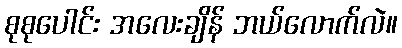
စုစုပေါင်း အလေးချိန် ဘယ်လောက်လဲ။